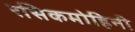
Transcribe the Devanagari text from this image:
रसिकमोहिनी